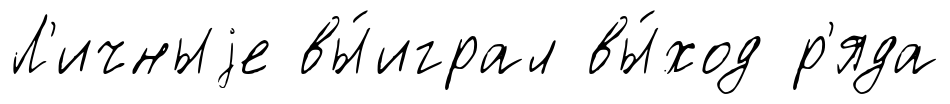
Л'ичныjе вы́играл вы́ход р'яда